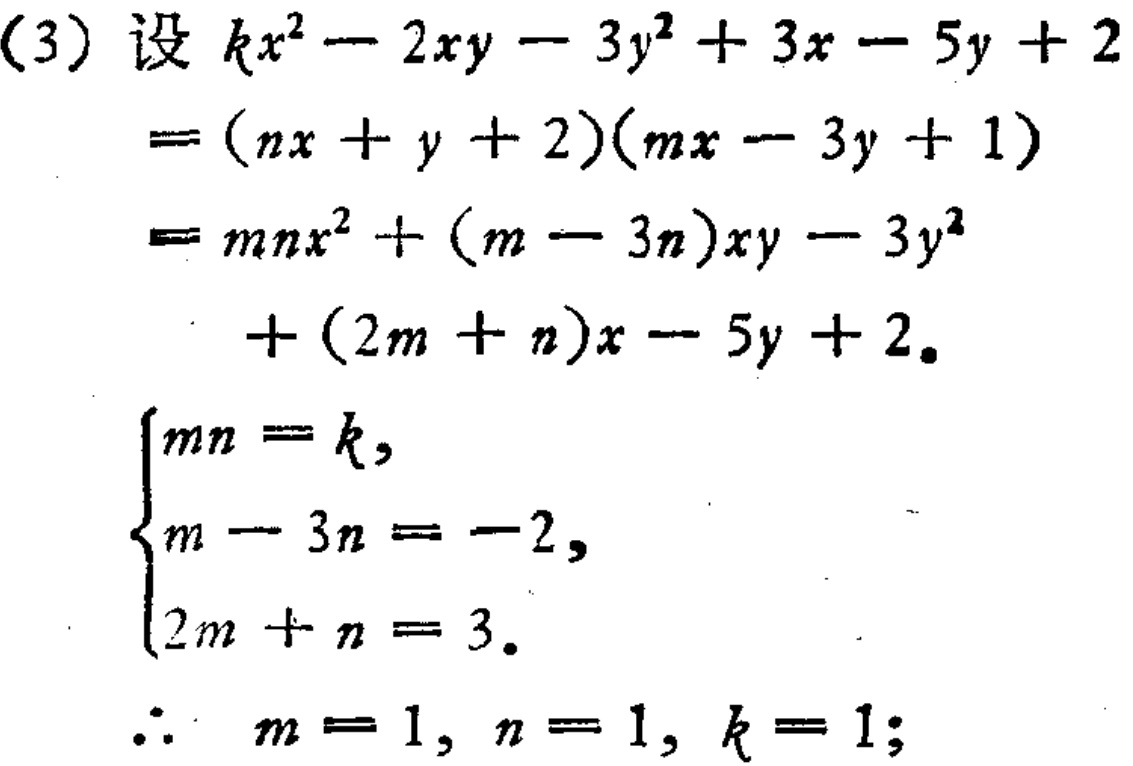
(3) 设 \(kx^{2}-2xy - 3y^{2}+3x - 5y + 2\)

\(=(nx + y + 2)(mx - 3y + 1)\)

\(=mnx^{2}+(m - 3n)xy - 3y^{2}\)

\(\quad+(2m + n)x - 5y + 2\).

\(\begin{cases}mn = k,\\m - 3n = -2,\\2m + n = 3.\end{cases}\)

\(\therefore m = 1, n = 1, k = 1;\)